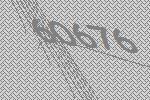
60676